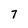
Character: 7